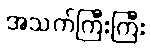
အသက်ကြီးကြီး